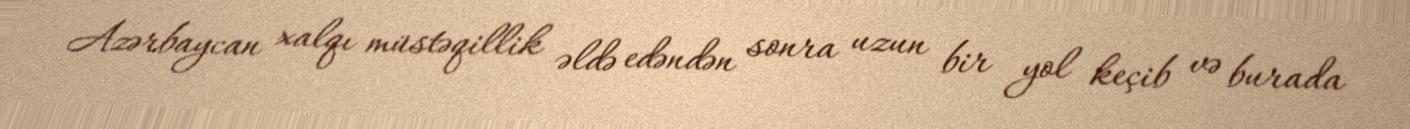
Azərbaycan xalqı müstəqillik əldə edəndən sonra uzun bir yol keçib və burada